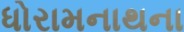
ધોરામનાથના